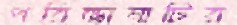
পরিভাষাটির